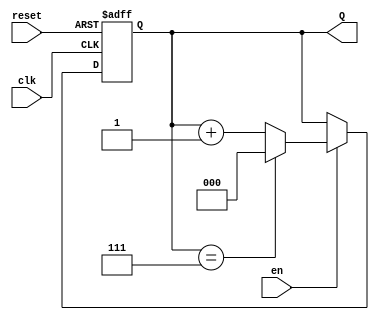
module up_counter_with_enable #(parameter WIDTH = 3) (
    input wire clk,           // Clock input
    input wire en,           // Enable input
    input wire reset,        // Asynchronous reset input
    output reg [WIDTH-1:0] Q // Count output
);

    // Maximum count value based on width
    localparam MAX_COUNT = (1 << WIDTH) - 1; // 2^WIDTH - 1

    // Asynchronous reset and counting logic
    always @(posedge clk or posedge reset) begin
        if (reset) begin
            Q <= 0; // Reset count to 0
        end else if (en) begin
            if (Q == MAX_COUNT) begin
                Q <= 0; // Wrap around if max count is reached
            end else begin
                Q <= Q + 1; // Increment count
            end
        end
        // If enable is low, retain current count (no action needed)
    end

endmodule